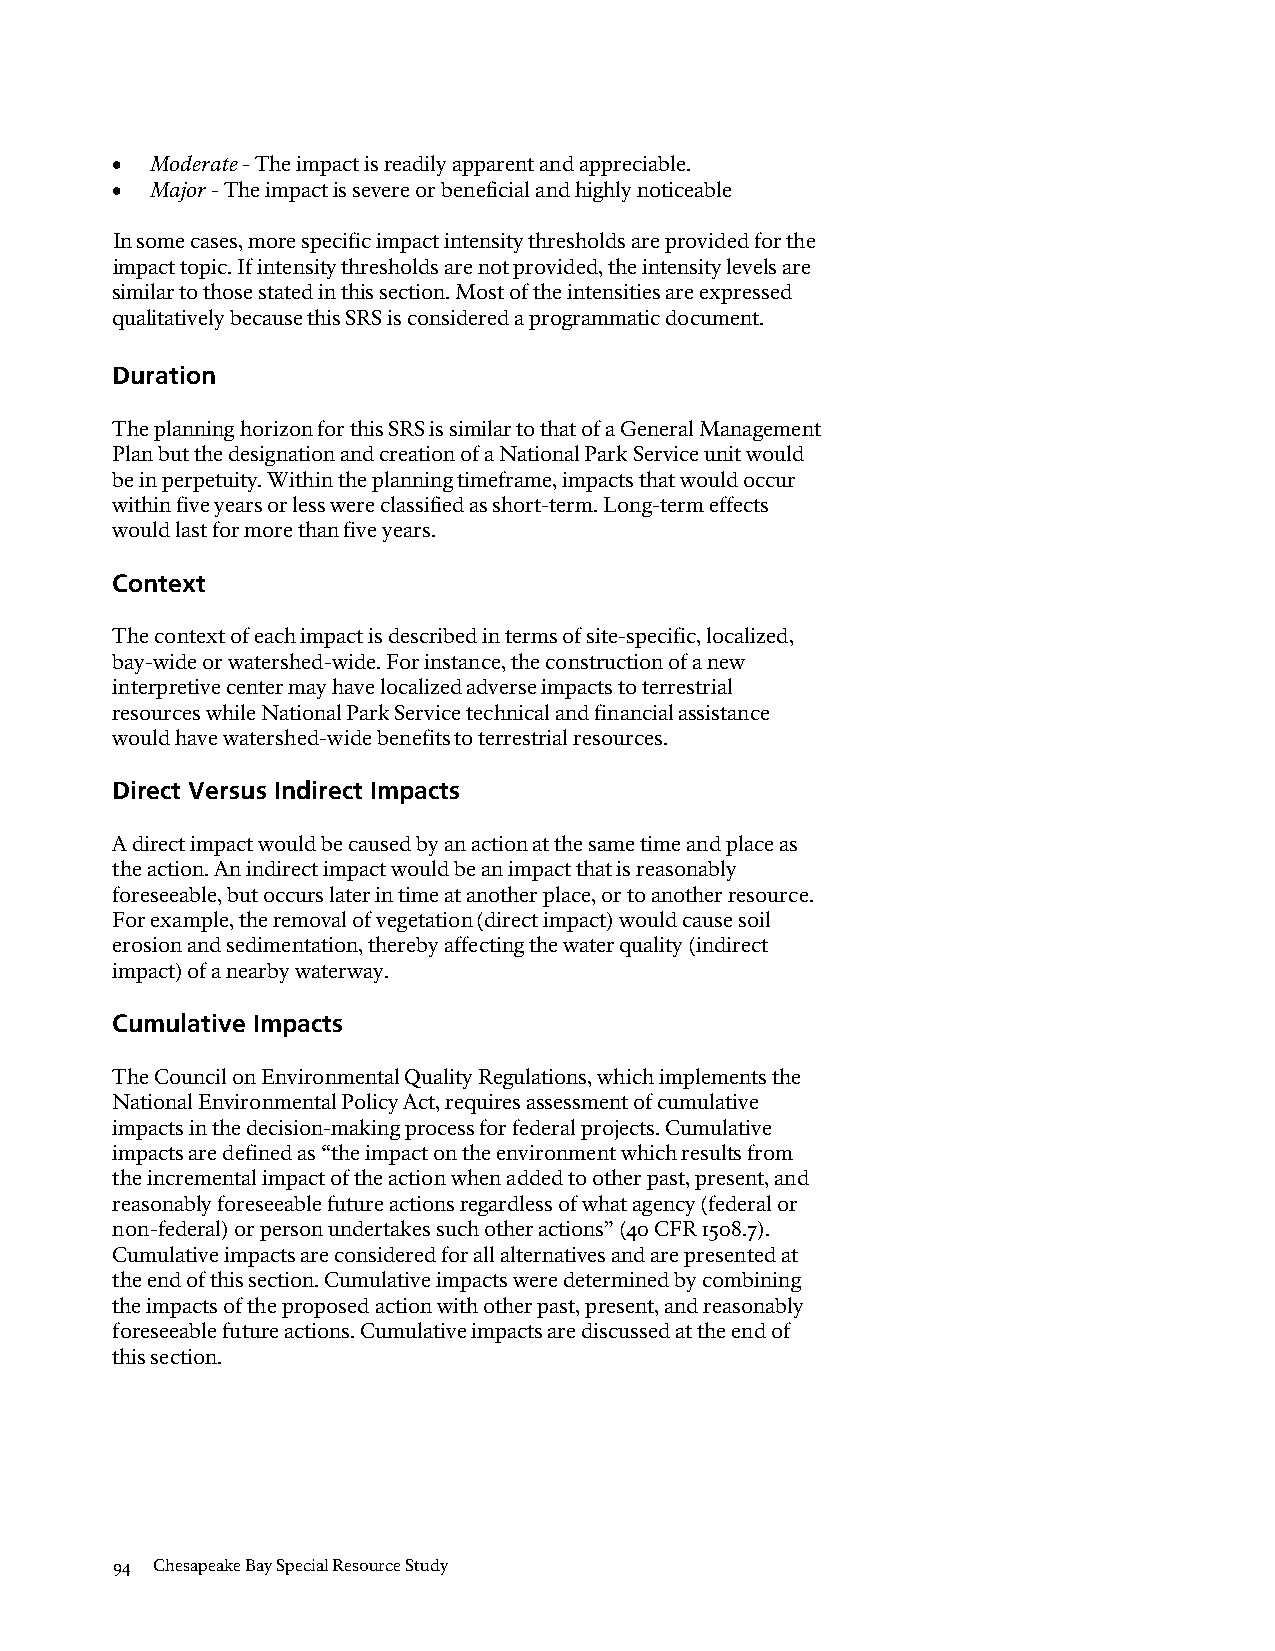
•  Moderate - The impact is readily apparent and appreciable.
 •  Major - The impact is severe or beneficial and highly noticeable
 In some cases, more specific impact intensity thresholds are provided for the
 impact topic. If intensity thresholds are not provided, the intensity levels are
 similar to those stated in this section. Most of the intensities are expressed
 qualitatively because this SRS is considered a programmatic document.
 Duration
 The planning horizon for this SRS is similar to that of a General Management
 Plan but the designation and creation of a National Park Service unit would
 be in perpetuity. Within the planning timeframe, impacts that would occur
 within five years or less were classified as short-term. Long-term effects
 would last for more than five years.
 Context
 The context of each impact is described in terms of site-specific, localized,
 bay-wide or watershed-wide. For instance, the construction of a new
 interpretive center may have localized adverse impacts to terrestrial
 resources while National Park Service technical and financial assistance
 would have watershed-wide benefits to terrestrial resources.
 Direct Versus Indirect Impacts
 A direct impact would be caused by an action at the same time and place as
 the action. An indirect impact would be an impact that is reasonably
 foreseeable, but occurs later in time at another place, or to another resource.
 For example, the removal of vegetation (direct impact) would cause soil
 erosion and sedimentation, thereby affecting the water quality (indirect
 impact) of a nearby waterway.
 Cumulative Impacts
 The Council on Environmental Quality Regulations, which implements the
 National Environmental Policy Act, requires assessment of cumulative
 impacts in the decision-making process for federal projects. Cumulative
 impacts are defined as “the impact on the environment which results from
 the incremental impact of the action when added to other past, present, and
 reasonably foreseeable future actions regardless of what agency (federal or
 non-federal) or person undertakes such other actions” (40 CFR 1508.7).
 Cumulative impacts are considered for all alternatives and are presented at
 the end of this section. Cumulative impacts were determined by combining
 the impacts of the proposed action with other past, present, and reasonably
 foreseeable future actions. Cumulative impacts are discussed at the end of
 this section.
 94 Chesapeake Bay Special Resource Study